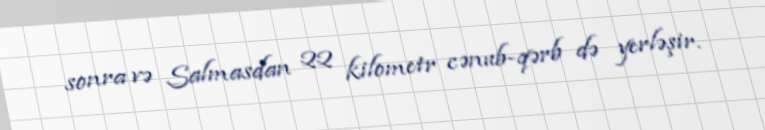
sonra və Salmasdan 22 kilometr cənub-qərb də yerləşir.